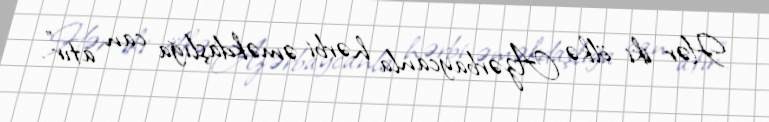
Hər iki ölkə Azərbaycanla hərbi əməkdaşlığa can atır”.